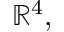
\mathbb { R } ^ { 4 } ,